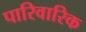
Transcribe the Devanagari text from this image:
पारिवारिक